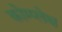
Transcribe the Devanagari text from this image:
कोम्प्लेक्ष